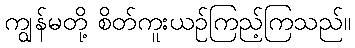
ကျွန်မတို့ စိတ်ကူးယဉ်ကြည့်ကြသည်။